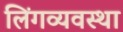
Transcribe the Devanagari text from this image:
लिंगव्यवस्था